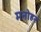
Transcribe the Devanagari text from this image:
मनाेहर